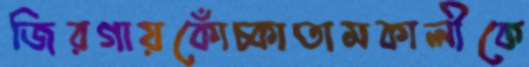
জিরগায়কোঁচ্‌কাতামকালীকে